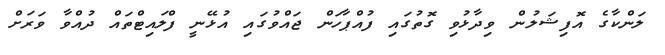
ލަންކާގެ އޮފިޝަލުން ވިދާޅުވި ގޮތުގައި ފުއްޕާހަން ޖައްވުގައި އުޅޭނީ ފްލައިޓްތައް ދުއްވާ ވަރަށް